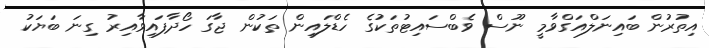
އިތުރުން ބައިނަލްއަގްވާމީ ނޫސް ވެބްސައިޓުތަކުގެ ހެޑްލައިން ތަކުން ޖާގަ ހޯދާފައިވާއިރު ގިނަ ބަޔަކު